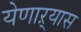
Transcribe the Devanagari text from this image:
येणाऱ्यास